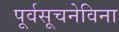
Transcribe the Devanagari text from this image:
पूर्वसूचनेविना